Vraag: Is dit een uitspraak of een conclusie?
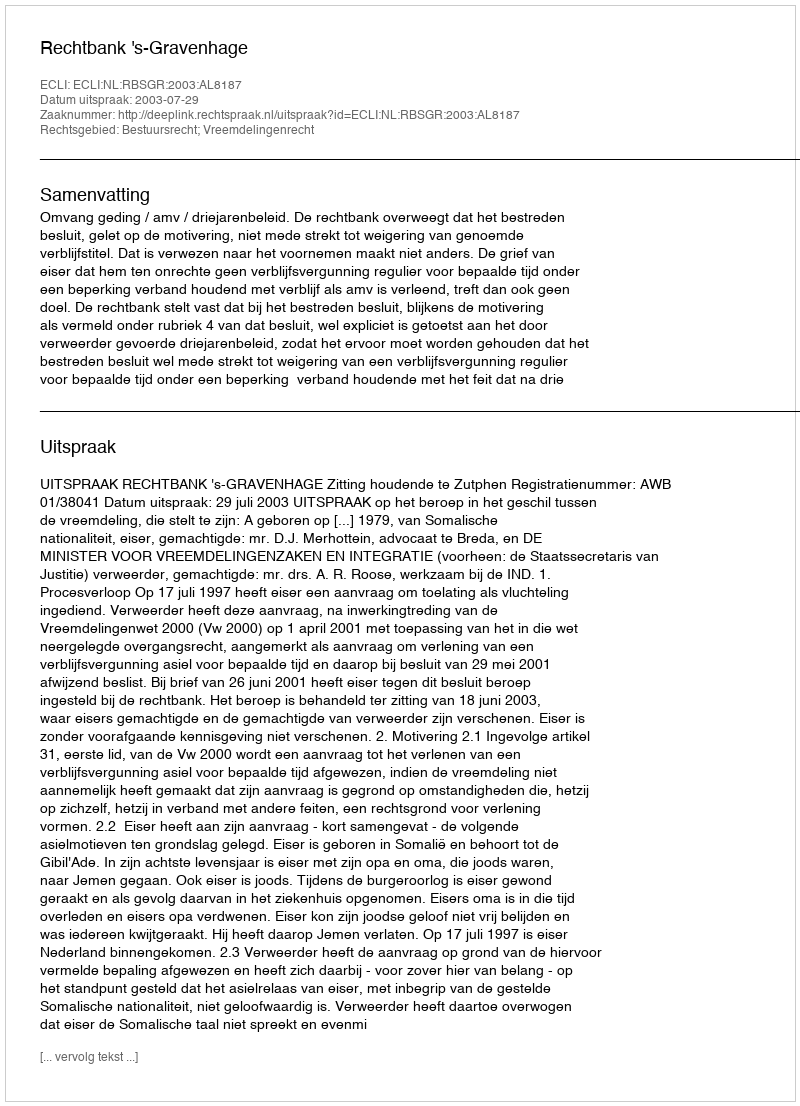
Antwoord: Uitspraak